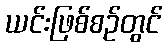
ယင်းဖြစ်စဉ်တွင်